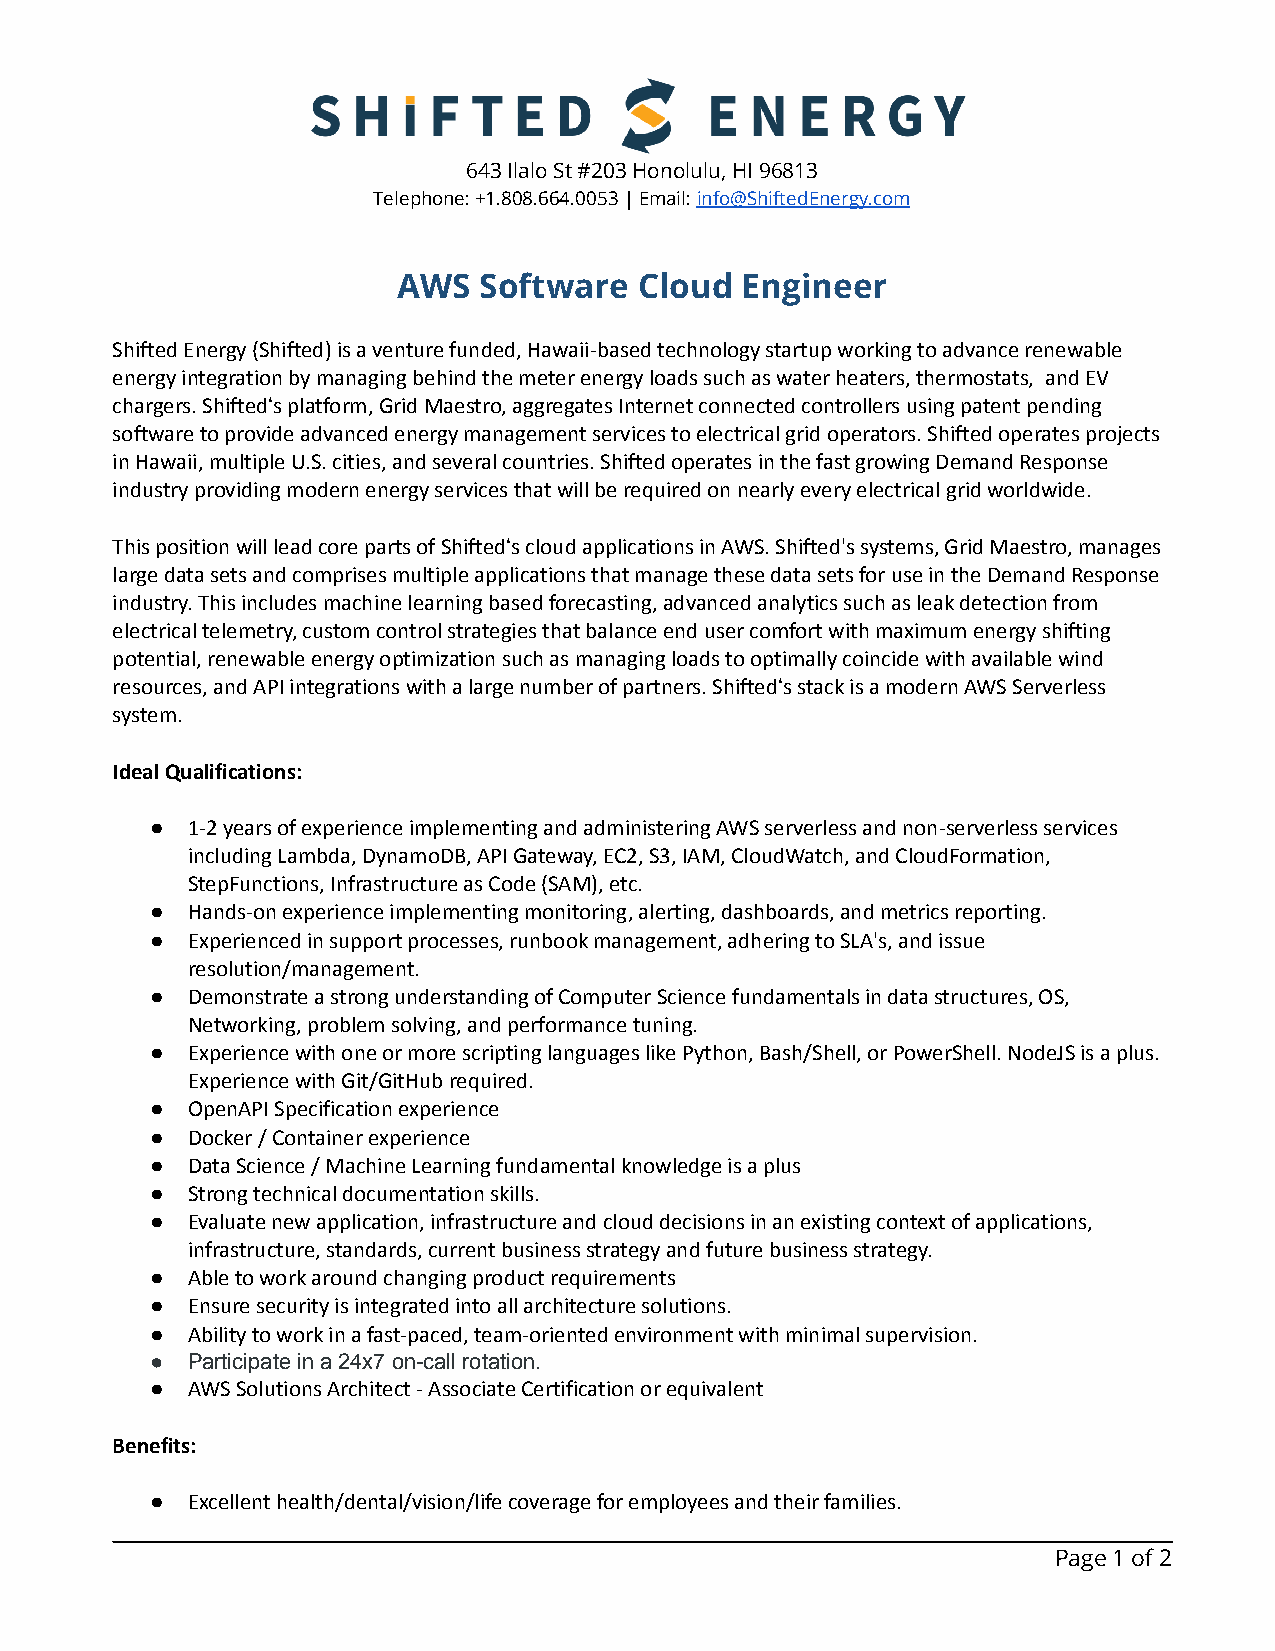
643 Ilalo St #203 Honolulu, HI 96813
 Telephone: +1.808.664.0053 | Email:info@ShiftedEnergy.com
 AWS   Software  Cloud  Engineer
 Shifted Energy (Shifted) is a venture funded, Hawaii-based technology startup working to advance renewable
 energy integration by managing behind the meter energy loads such as water heaters, thermostats, and EV
 chargers. Shiftedʻs platform, Grid Maestro, aggregates Internet connected controllers using patent pending
 software to provide advanced energy management services to electrical grid operators. Shifted operates projects
 in Hawaii, multiple U.S. cities, and several countries. Shifted operates in the fast growing Demand Response
 industry providing modern energy services that will be required on nearly every electrical grid worldwide.
 This position will lead core parts of Shiftedʻs cloud applications in AWS. Shifted's systems, Grid Maestro, manages
 large data sets and comprises multiple applications that manage these data sets for use in the Demand Response
 industry. This includes machine learning based forecasting, advanced analytics such as leak detection from
 electrical telemetry, custom control strategies that balance end user comfort with maximum energy shifting
 potential, renewable energy optimization such as managing loads to optimally coincide with available wind
 resources, and API integrations with a large number of partners. Shiftedʻs stack is a modern AWS Serverless
 system.
 Ideal Qualifications:
 ● 1-2 years of experience implementing and administering AWS serverless and non-serverless services
 including Lambda, DynamoDB, API Gateway, EC2, S3, IAM, CloudWatch, and CloudFormation,
 StepFunctions, Infrastructure as Code (SAM), etc.
 ● Hands-on experience implementing monitoring, alerting, dashboards, and metrics reporting.
 ● Experienced in support processes, runbook management, adhering to SLA's, and issue
 resolution/management.
 ● Demonstrate a strong understanding of Computer Science fundamentals in data structures, OS,
 Networking, problem solving, and performance tuning.
 ● Experience with one or more scripting languages like Python, Bash/Shell, or PowerShell. NodeJS is a plus.
 Experience with Git/GitHub required.
 ● OpenAPI Specification experience
 ● Docker / Container experience
 ● Data Science / Machine Learning fundamental knowledge is a plus
 ● Strong technical documentation skills.
 ● Evaluate new application, infrastructure and cloud decisions in an existing context of applications,
 infrastructure, standards, current business strategy and future business strategy.
 ● Able to work around changing product requirements
 ● Ensure security is integrated into all architecture solutions.
 ● Ability to work in a fast-paced, team-oriented environment with minimal supervision.
 ● Participate in a 24x7 on-call rotation.
 ● AWS Solutions Architect - Associate Certification or equivalent
 Benefits:
 ● Excellent health/dental/vision/life coverage for employees and their families.
 Page1of2